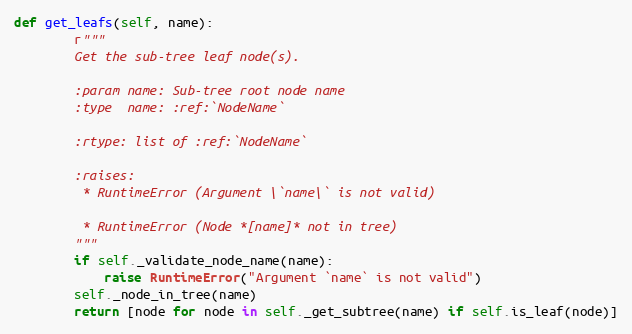
Language: Python
def get_leafs(self, name):
        r"""
        Get the sub-tree leaf node(s).

        :param name: Sub-tree root node name
        :type  name: :ref:`NodeName`

        :rtype: list of :ref:`NodeName`

        :raises:
         * RuntimeError (Argument \`name\` is not valid)

         * RuntimeError (Node *[name]* not in tree)
        """
        if self._validate_node_name(name):
            raise RuntimeError("Argument `name` is not valid")
        self._node_in_tree(name)
        return [node for node in self._get_subtree(name) if self.is_leaf(node)]